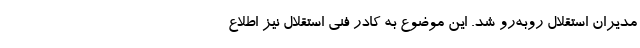
مدیران استقلال روبه‌رو شد. این موضوع به کادر فنی استقلال نیز اطلاع